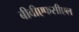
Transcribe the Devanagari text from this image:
बीवीएफसीएल